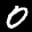
Label: 0